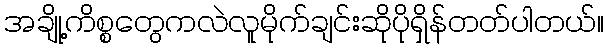
အချို့ကိစ္စတွေကလဲလူမိုက်ချင်းဆိုပိုရှိန်တတ်ပါတယ်။